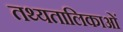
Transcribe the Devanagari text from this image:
तथ्यतालिकाओं